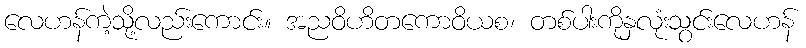
လေဟန်ကဲ့သို့လည်းကောင်း။ အညဝိဟိတကောဝိယစ၊ တစ်ပါးကိုနှလုံးသွင်းလေဟန်